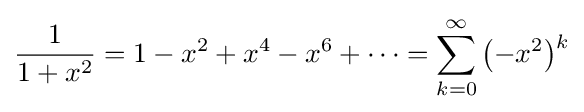
{\frac {1}{1+x^{2}}}=1-x^{2}+x^{4}-x^{6}+\cdots =\sum _{k=0}^{\infty }{\bigl (}{-x^{2}}{\bigr )}{\vphantom {)}}^{k}